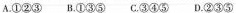
A.①②③ B.①③⑤ C.③④⑤ D.②③⑤